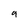
Character: 9